King Institute of Preventive Medicine Micro-Biological Section reports 1909-11
Year: 1909
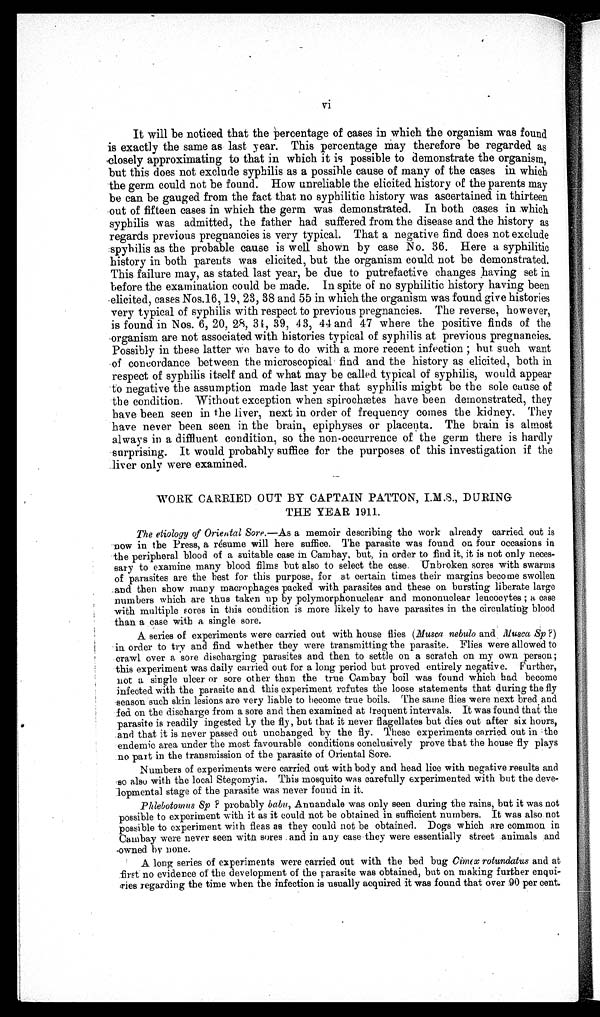
vi
It will be noticed that the percentage of cases in which the organism was found
is exactly the same as last year. This percentage May therefore be regarded as
closely approximating to that in which it is possible to demonstrate the organism,
but this does not exclude syphilis as a possible cause of many of the cases in which
the germ could not be found. How unreliable the elicited history of the parents may
be can be gauged from the fact that no syphilitic history was ascertained in thirteen
out of fifteen cases in which the germ was demonstrated. In both cases in which
syphilis was admitted, the father had suffered from the disease and the history as
regards previous pregnancies is very typical. That a negative find does not exclude
syphilis as the probable cause is well shown by case No. 36. Here a syphilitic
history in both parents was elicited., but the organism could not be demonstrated.
This failure may, as stated last year, be due to putrefactive changes having set in
before the examination could be made. In spite of no syphilitic history having been
elicited, cases Nos.16, 19, 23, 38 and 55 in which the organism was found give histories
very typical of syphilis with respect to previous pregnancies. The reverse, however,
is found in Nos. 6, 20, 28, 31, 39, 43, 44 and 47 where the positive finds of the
organism are not associated with histories typical of syphilis at previous pregnancies.
Possibly in these latter we have to do with a more recent infection but such want
of concordance between the microscopical find and the history as elicited, both in
respect of syphilis itself and of what may be called typical of syphilis, would appear
to negative the assumption made last year that syphilis might be the sole cause of
the condition. Without exception when spirochætes have been demonstrated, they
have been seen in the liver, next in order of frequency comes the kidney. They
have never been seen in the brain, epiphyses or placenta. The brain is almost
always in a diffluent condition, so the non-occurrence of the germ there is hardly
surprising. It would probably suffice for the purposes of this investigation if the
liver only were examined.
WORK CARRIED OUT BY CAPTAIN PATTON,I.M.S., DURING
THE YEAR 1911.
The etiology of Oriental Sore .—As a memoir describing the work already carried out is
now in the Press, a résume will here suffice. The parasite was found on four occasions in
the peripheral blood of a suitable case in Cambay, but, in order to find it, it is not only neces-
-sary to examine many blood films but also to select the ease. Unbroken sores with swarms
of parasites are the best for this purpose, for at certain times their margins become swollen
and then show many macrophages packed with parasites and these on bursting liberate large
numbers which are thus taken up by polymorphon ųclear and mononuclear leucocytes ; a case
with multiple sores in this condition is more likely to have parasites in the circulating blood
than a case with a single sore.
A series of experiments were carried out with house flies (Musca nebulo and Mu sca Sp ?)
in order to try and find whether they were transmitting the parasite. Flies were allowed to
crawl over a sore discharging parasites and then to settle on a scratch on my own person;
this experiment was daily carried out for a long period but proved entirely negative. Further,
not a single ulcer or sore other than the true Cambay boil was found which bad become
infected with the parasite and this experiment refutes the loose statements that during the fly
season such skin lesions are very liable to become true boils. The same flies were next bred and
fed on the discharge from a sore and then examined at Frequent intervals. It was found that the
parasite is readily ingested by the fly, but that it never flagellates but dies out after six hours,
and that it is never passed out unchanged by the fly. These experiments carried out in the
endemic area under the most favourable conditions conclusively prove that the house fly plays
no part in the transmission of the parasite of Oriental Sore.
Numbers of experiments were carried out with body and head lice with negative results and
so also with the local Stegomyia. This mosquito was carefully experimented with but the
delve-lopmental stage of the parasite was never found in it.
Phlebotomus Sp ? probably babu, Annandale was only seen during the rains, but it was not
possible to experiment with it as it could not be obtained in sufficient numbers. It was also not
possible to experiment with fleas as they could not be obtained. Dogs which are common in
Cambay were never seen with sores and in any case they were essentially street animals and
owned by none.
A long series of experiments were carried out with the bed bug Cimex rotundatus and at
first no evidence of the development of the parasite was obtained, but on making further enqui-
ries regarding the time when the infection is usually acquired it was found that over 90 per cent.